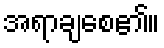
အရာချစေ၏။